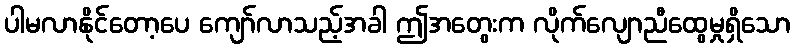
ပါမလာနိုင်တော့ပေ ကျော်လာသည့်အခါ ဤအတွေးက လိုက်လျောညီထွေမှုရှိသော